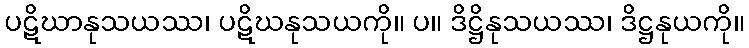
ပဋိဃာနုသယဿ၊ ပဋိဃနုသယကို။ ပ။ ဒိဋ္ဌိနုသယဿ၊ ဒိဋ္ဌနုယကို။